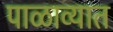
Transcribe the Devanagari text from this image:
पाळाव्यात